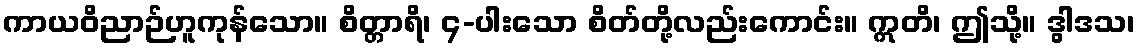
ကာယဝိညာဉ်ဟူကုန်သော။ စိတ္တာရိ၊ ၄-ပါးသော စိတ်တို့လည်းကောင်း။ ဣတိ၊ ဤသို့။ ဒွါဒသ၊